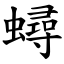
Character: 蟳